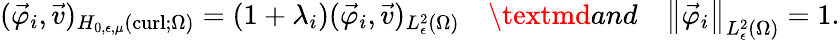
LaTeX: (\vec{\varphi}_{i},\vec{v})_{H_{0,\epsilon,\mu}(\operatorname{curl};\Omega)}=(1+\lambda_{i})(\vec{\varphi}_{i},\vec{v})_{L_{\epsilon}^{2}(\Omega)}\quad\textmd{and}\quad{\left\lVert{\vec{\varphi}_{i}}\right\rVert}_{L_{\epsilon}^{2}(\Omega)}=1.